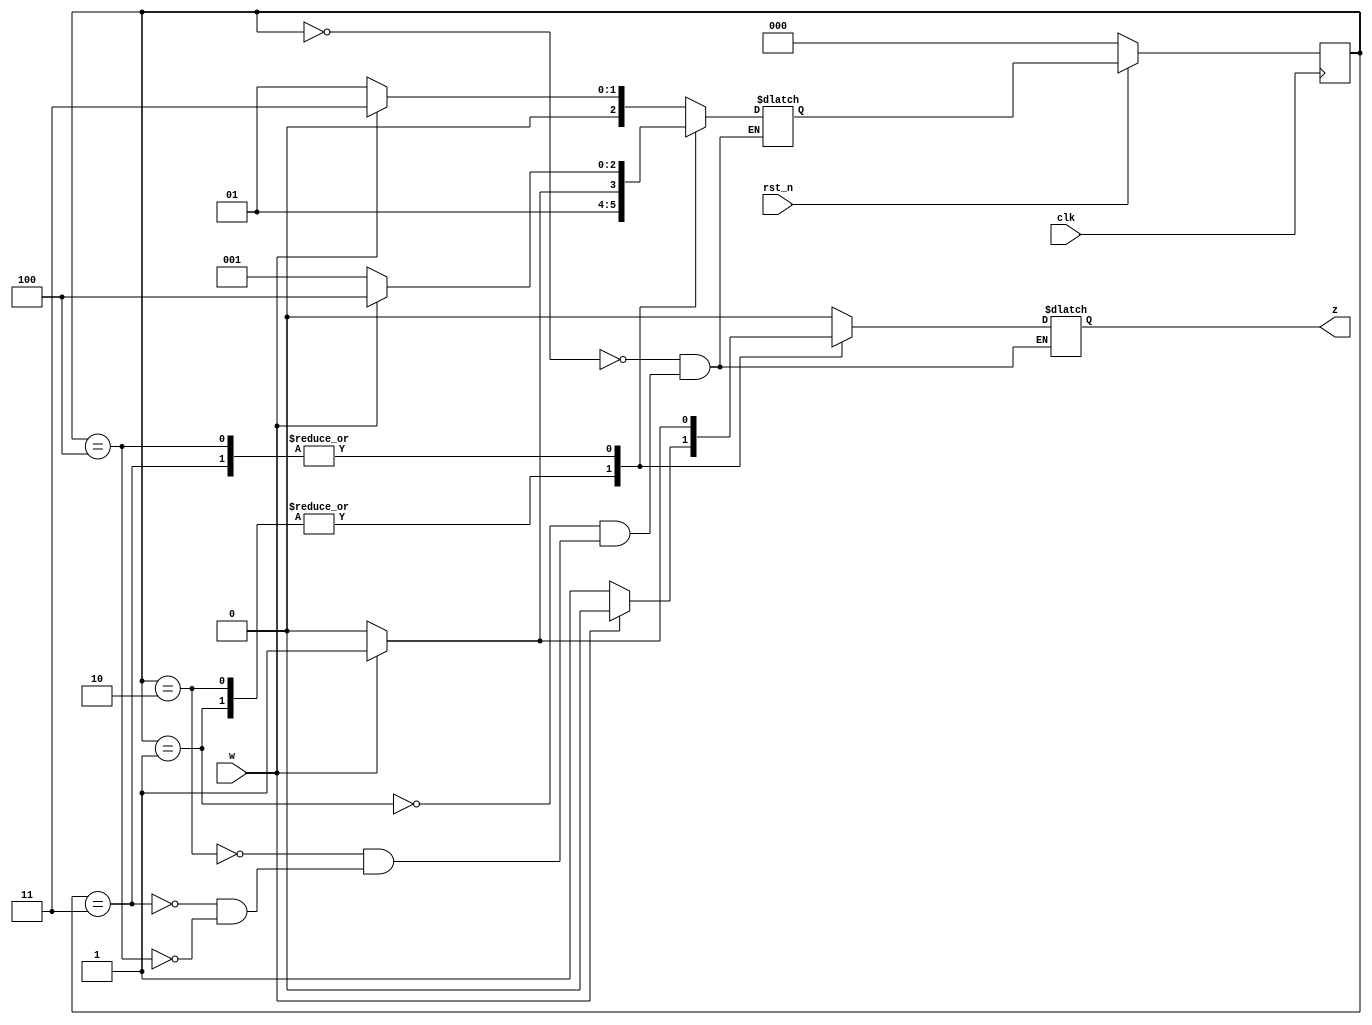
module detect00or11 (w,z,clk,rst_n);
input rst_n,clk,w;
output reg z;
parameter s0=3'b000, s1=3'b001, s2=3'b010, s3=3'b011, s4=3'b100;
reg [2:0]ps,ns;
always @(posedge clk) begin
  if(!rst_n) ps<=s0;
  else ps<=ns;
end
always @(ps,w)
  case(ps)
	s0: begin
	  ns= w?s3:s1;
	  z= w?0:0;
	end
	s1: begin
	  ns= w?s3:s2;
	  z=w?0:1;
	end
	s2: begin
	  ns= w?s3:s2;
	  z=w?0:1;
	end
	s3: begin
	  ns= w?s4:s1;
	  z= w?1:0;
	end
	s4: begin
	  ns= w?s4:s1;
	  z= w?1:0;
	end
  endcase
endmodule